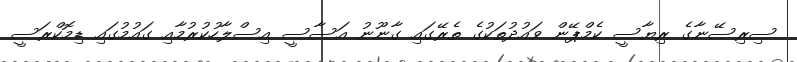
ސިރިސޭނާގެ ރިޔާސީ ކެމްޕޭން ވައުދުތަކުގެ ތެރޭގައި ގާނޫނު އަސާސީ އިސްލާހުކުރުމާއި ގައުމުގައި ޑިމޮކްރަސީ